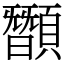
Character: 䫬